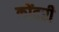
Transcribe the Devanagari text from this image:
कोंदरी